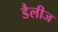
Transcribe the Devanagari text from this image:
डैलीज